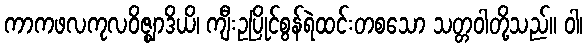
ကာကဖလကုလဝိဇ္ဈာဒိယိ၊ ကျီးဥပြိုင်စွန်ရဲထင်းတစသော သတ္တဝါတို့သည်။ ဝါ၊